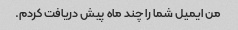
من ایمیل شما را چند ماه پیش دریافت کردم.